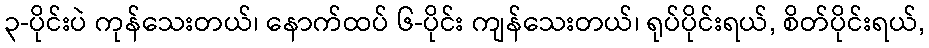
၃-ပိုင်းပဲ ကုန်သေးတယ်၊ နောက်ထပ် ၆-ပိုင်း ကျန်သေးတယ်၊ ရုပ်ပိုင်းရယ်, စိတ်ပိုင်းရယ်,